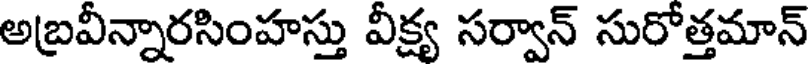
అబ్రవీన్నారసింహస్తు వీక్ష్య సర్వాన్ సురోత్తమాన్